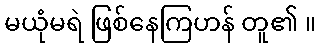
မယုံမရဲ ဖြစ်နေကြဟန် တူ၏ ။